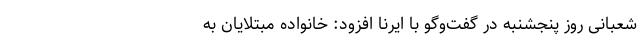
شعبانی روز پنجشنبه در گفت‌وگو با ایرنا افزود: خانواده مبتلایان به